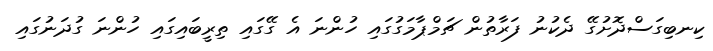
ކިނބިގަސްދޮށުގޭ ދެކުނު ފަރާތުން ޗަމްޕާމަގުގައި ހުންނަ އެ ގޭގައި ތިރީބައިގައި ހުންނަ ގުދަނުގައި